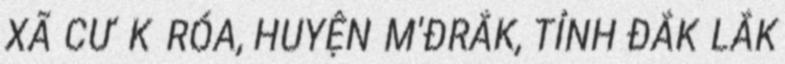
XÃ CƯ K RÓA, HUYỆN M'ĐRẮK, TỈNH ĐẮK LẮK